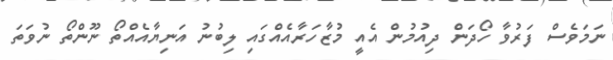
ނަމަވެސް ފަރުވާ ހޯދަން ދިއުމުން އެއީ މުޒާހަރާއެއްގައި ލިބުނު އަނިޔާއެއްތޯ ނޫންތޯ ނުވަތަ